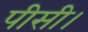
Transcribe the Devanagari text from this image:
पीसी।